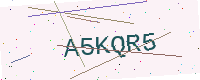
Text: A5KQR5